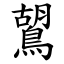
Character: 鶦